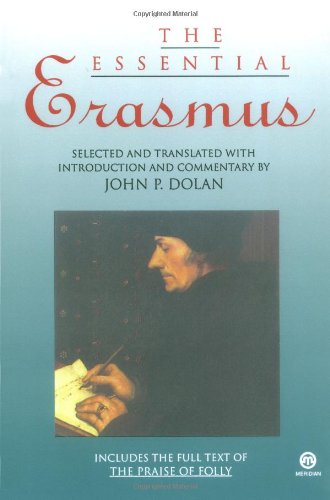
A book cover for The Essential Erasmus (Essentials); Desiderius Erasmus; Politics & Social Sciences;